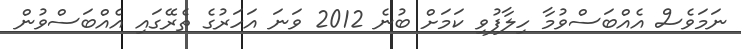
ނަމަވެސް އެއްބަސްވުމާ ހިލާފުވި ކަމަށް ބުނެ 2012 ވަނަ އަހަރުގެ ތެރޭގައި އެއްބަސްވުން